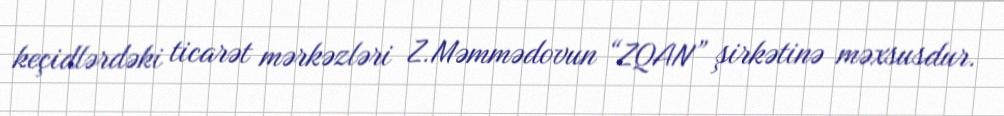
keçidlərdəki ticarət mərkəzləri Z.Məmmədovun “ZQAN” şirkətinə məxsusdur.